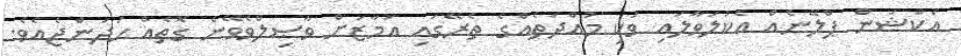
އެކްޝަން ޕްލޭނެއް އެކުލަވާލައި ވަކި މުއްދަތެއްގެ ތެރޭގައި އަމާޒަށް ވާޞިލްވެވޭނެ ގޮތެއް ހަދަންޖެއެވެ.